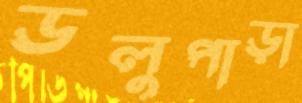
ডলুপাড়া